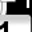
Digit: 1